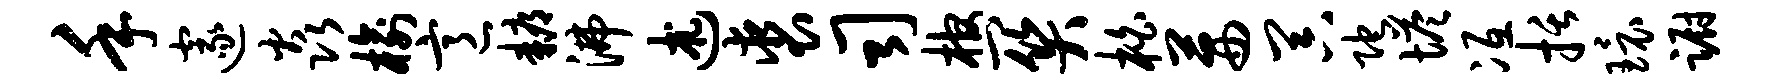
手邃焱榆意耨沸述裘司棺关柏茜器陀塔冱括环蹰